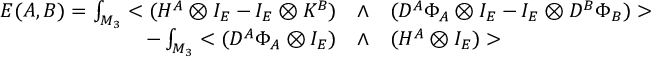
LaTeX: \begin{array} { r l l } { { { \cal E } ( A , B ) = \int _ { M _ { 3 } } < ( H ^ { A } \otimes I _ { E } - I _ { E } \otimes K ^ { B } ) } } & { { \wedge } } & { { ( D ^ { A } \Phi _ { A } \otimes I _ { E } - I _ { E } \otimes D ^ { B } \Phi _ { B } ) > } } \\ { { - \int _ { M _ { 3 } } < ( D ^ { A } \Phi _ { A } \otimes I _ { E } ) } } & { { \wedge } } & { { ( H ^ { A } \otimes I _ { E } ) > } } \end{array}